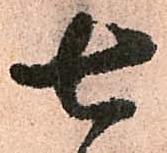
七